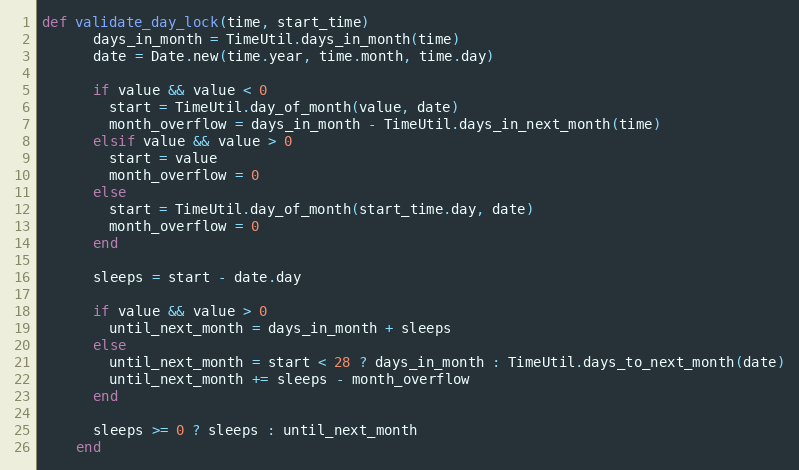
Language: Ruby
def validate_day_lock(time, start_time)
      days_in_month = TimeUtil.days_in_month(time)
      date = Date.new(time.year, time.month, time.day)

      if value && value < 0
        start = TimeUtil.day_of_month(value, date)
        month_overflow = days_in_month - TimeUtil.days_in_next_month(time)
      elsif value && value > 0
        start = value
        month_overflow = 0
      else
        start = TimeUtil.day_of_month(start_time.day, date)
        month_overflow = 0
      end

      sleeps = start - date.day

      if value && value > 0
        until_next_month = days_in_month + sleeps
      else
        until_next_month = start < 28 ? days_in_month : TimeUtil.days_to_next_month(date)
        until_next_month += sleeps - month_overflow
      end

      sleeps >= 0 ? sleeps : until_next_month
    end